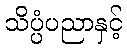
သိပ္ပံပညာနှင့်